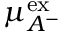
\mu _ { A ^ { - } } ^ { \mathrm { { e x } } }